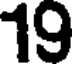
19